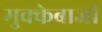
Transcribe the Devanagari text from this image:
मुक्‍केबाजी